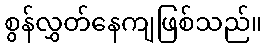
စွန်လွှတ်နေကျဖြစ်သည်။